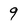
Character: 9